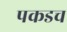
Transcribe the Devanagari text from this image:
पकडच